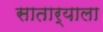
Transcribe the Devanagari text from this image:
सातार्याला